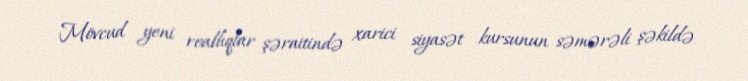
Mövcud yeni reallıqlar şəraitində xarici siyasət kursunun səmərəli şəkildə